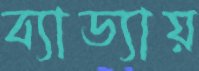
ব্যাড্যায়